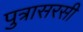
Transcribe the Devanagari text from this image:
पुत्रासरसी